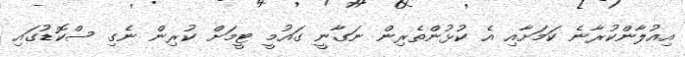
އިއުލާންކުރާނެ ކަމަށާއި އެ ކުޅުންތެރިން ނަގާނީ ގައުމީ ޓީމަށް ކުރިން ނެގި ސްކޮޑުގައި